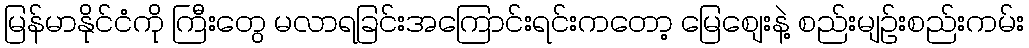
မြန်မာနိုင်ငံကို ကြီးတွေ မလာရခြင်းအကြောင်းရင်းကတော့ မြေစျေးနဲ့ စည်းမျဉ်းစည်းကမ်း